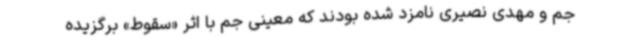
جم و مهدی نصیری نامزد شده بودند که معینی جم با اثر «سقوط» برگزیده